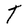
Character: T